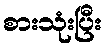
စားသုံးပြီး